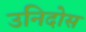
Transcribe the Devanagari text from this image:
उनिदोस